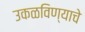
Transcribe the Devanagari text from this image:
उकळविण्याचे